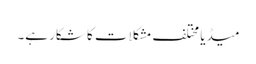
میڈیا مختلف مشکلات کا شکار ہے۔